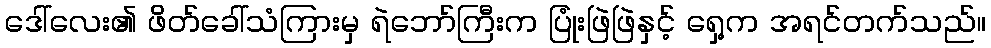
ဒေါ်လေး၏ ဖိတ်ခေါ်သံကြားမှ ရဲဘော်ကြီးက ပြုံးဖြဲဖြဲနှင့် ရှေ့က အရင်တက်သည်။